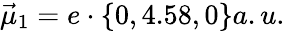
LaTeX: \vec{\mu}_{1}=e\cdot\{ 0,4.58,0\} a.u.